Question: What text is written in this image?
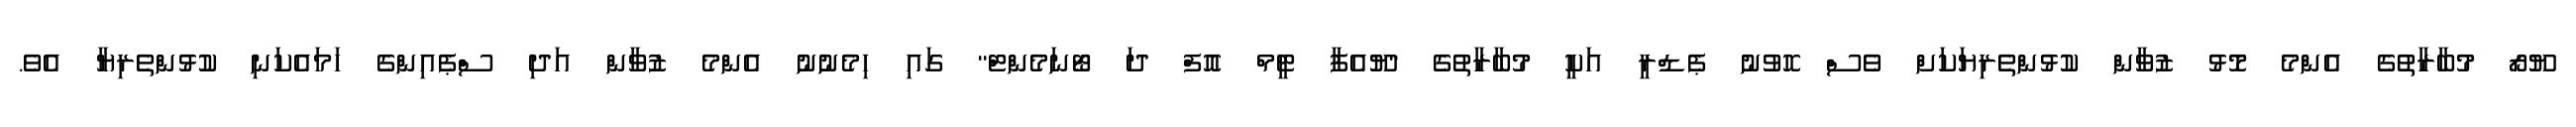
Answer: ޔޫރޯ މުބާރާތުގެ އެންމެ މޮޅު ޒުވާން ކުޅުންތެރިޔަކަށް ވެސް ހޮވުނު ޕެޑްރީ އަކީ މުބާރާތުގެ "ޔޫއެފާ ޓީމް އޮފް ދަ ޓޯނަމެންޓް" ގައި ހިމެނުނު އެންމެ ޒުވާން އަދި ސްޕެއިންގެ ހަމައެކަނި ކުޅުންތެރިޔާ އެވެ.